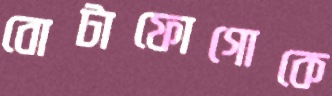
বোটাফোগোকে